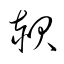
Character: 赧